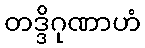
တဒ္ဒိဂုဏာဟံ